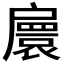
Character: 𢩠